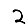
Digit: 2